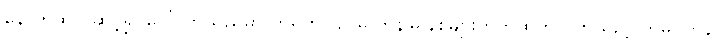
နောက်ထပ် ဆင့်၍ ပေါ်လာသည်မှာ တရုတ်ပြည်မှ ကွန်မြူနစ်များတိုက်ထုတ်လိုက်သည့် ကူမင်တန်